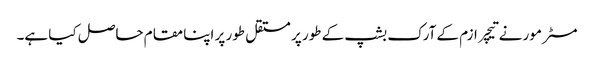
مسٹر مور نے تیچر ازم کے آرک بشپ کے طور پر مستقل طور پر اپنا مقام حاصل کیا ہے۔